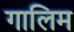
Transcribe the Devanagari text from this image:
गालिम